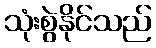
သုံးစွဲနိုင်သည်